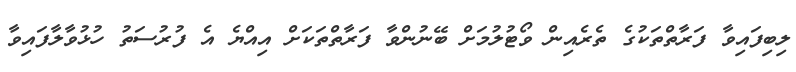
ލިބިފައިވާ ފަރާތްތަކުގެ ތެރެއިން ވޯޓުލުމަށް ބޭނުންވާ ފަރާތްތަކަށް އިއްޔެ އެ ފުރުސަތު ހުޅުވާލާފައިވާ